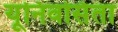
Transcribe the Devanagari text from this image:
यूनिवर्सिता